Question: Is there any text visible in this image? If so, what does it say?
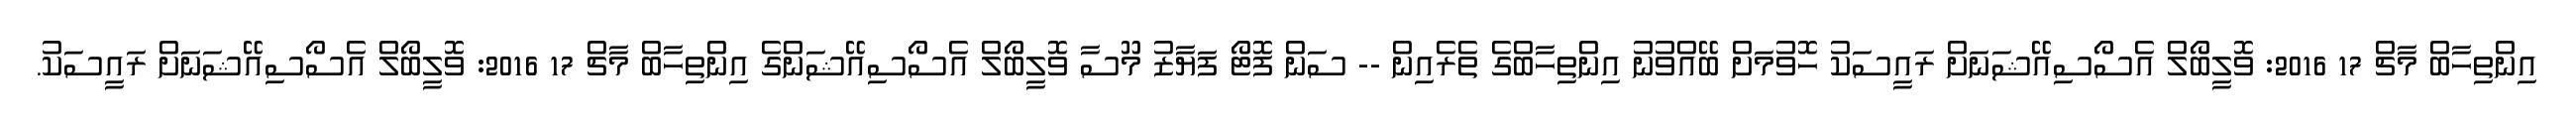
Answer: އިންތިހާބް މާޗް 17 2016: ވޮލީބޯލް އެސޯސިއޭޝަނަށް ރައީސަކު ހޮވުމަށް ބޭއްވުނު އިންތިހާބްގެ ތެރެއިން -- ސަން ފޮޓޯ ފަޔާޒު މޫސާ ވޮލީބޯލް އެސޯސިއޭޝަންގެ އިންތިހާބް މާޗް 17 2016: ވޮލީބޯލް އެސޯސިއޭޝަނަށް ރައީސަކު.